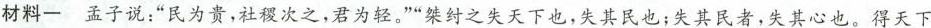
材料一 孟子说：”民为贵，社稷次之，君为轻。””桀纣之失天下也，失其民也；失其民者，失其心也。得天下